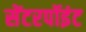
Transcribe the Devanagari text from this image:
सेंटरपॉइंट